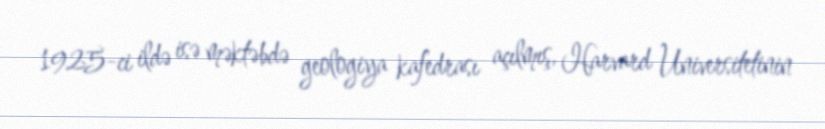
1925-ci ildə isə məktəbdə geologiya kafedrası açılmış, Harvard Universitetinin